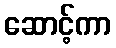
ဆောင့်ကာ